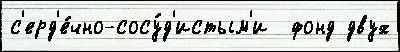
с'ерд'е́чно-сосу́д'истым'и  фонд двух